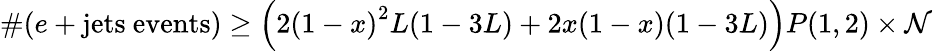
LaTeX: \# (e+\mathrm{jets~events})\geq\left(2{(1-x)}^{2}L(1-3L)+2x(1-x)(1-3L)\right)P(1,2)\times\cal N